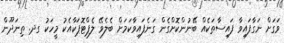
ވަގަށް ނަގާފައިވާ ފައިސާތަކެއް ބޭނުންކޮށްގެން ގަނެފައިވާކަމަށް ބެލެވޭ ލެޕްޓޮޕަކާއެކު މީހަކު ގދ. ތިނަދޫން